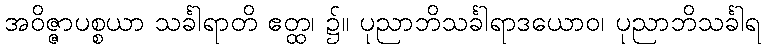
အဝိဇ္ဇာပစ္စယာ သင်္ခါရာတိ ဧတ္ထ၊ ၌။ ပုညာဘိသင်္ခါရာဒယောဝ၊ ပုညာဘိသင်္ခါရ